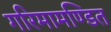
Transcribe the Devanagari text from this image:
गरिमामण्डित